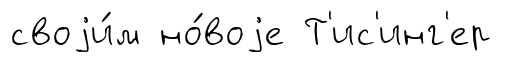
своjи́м но́воjе Т'ис'инг'ер